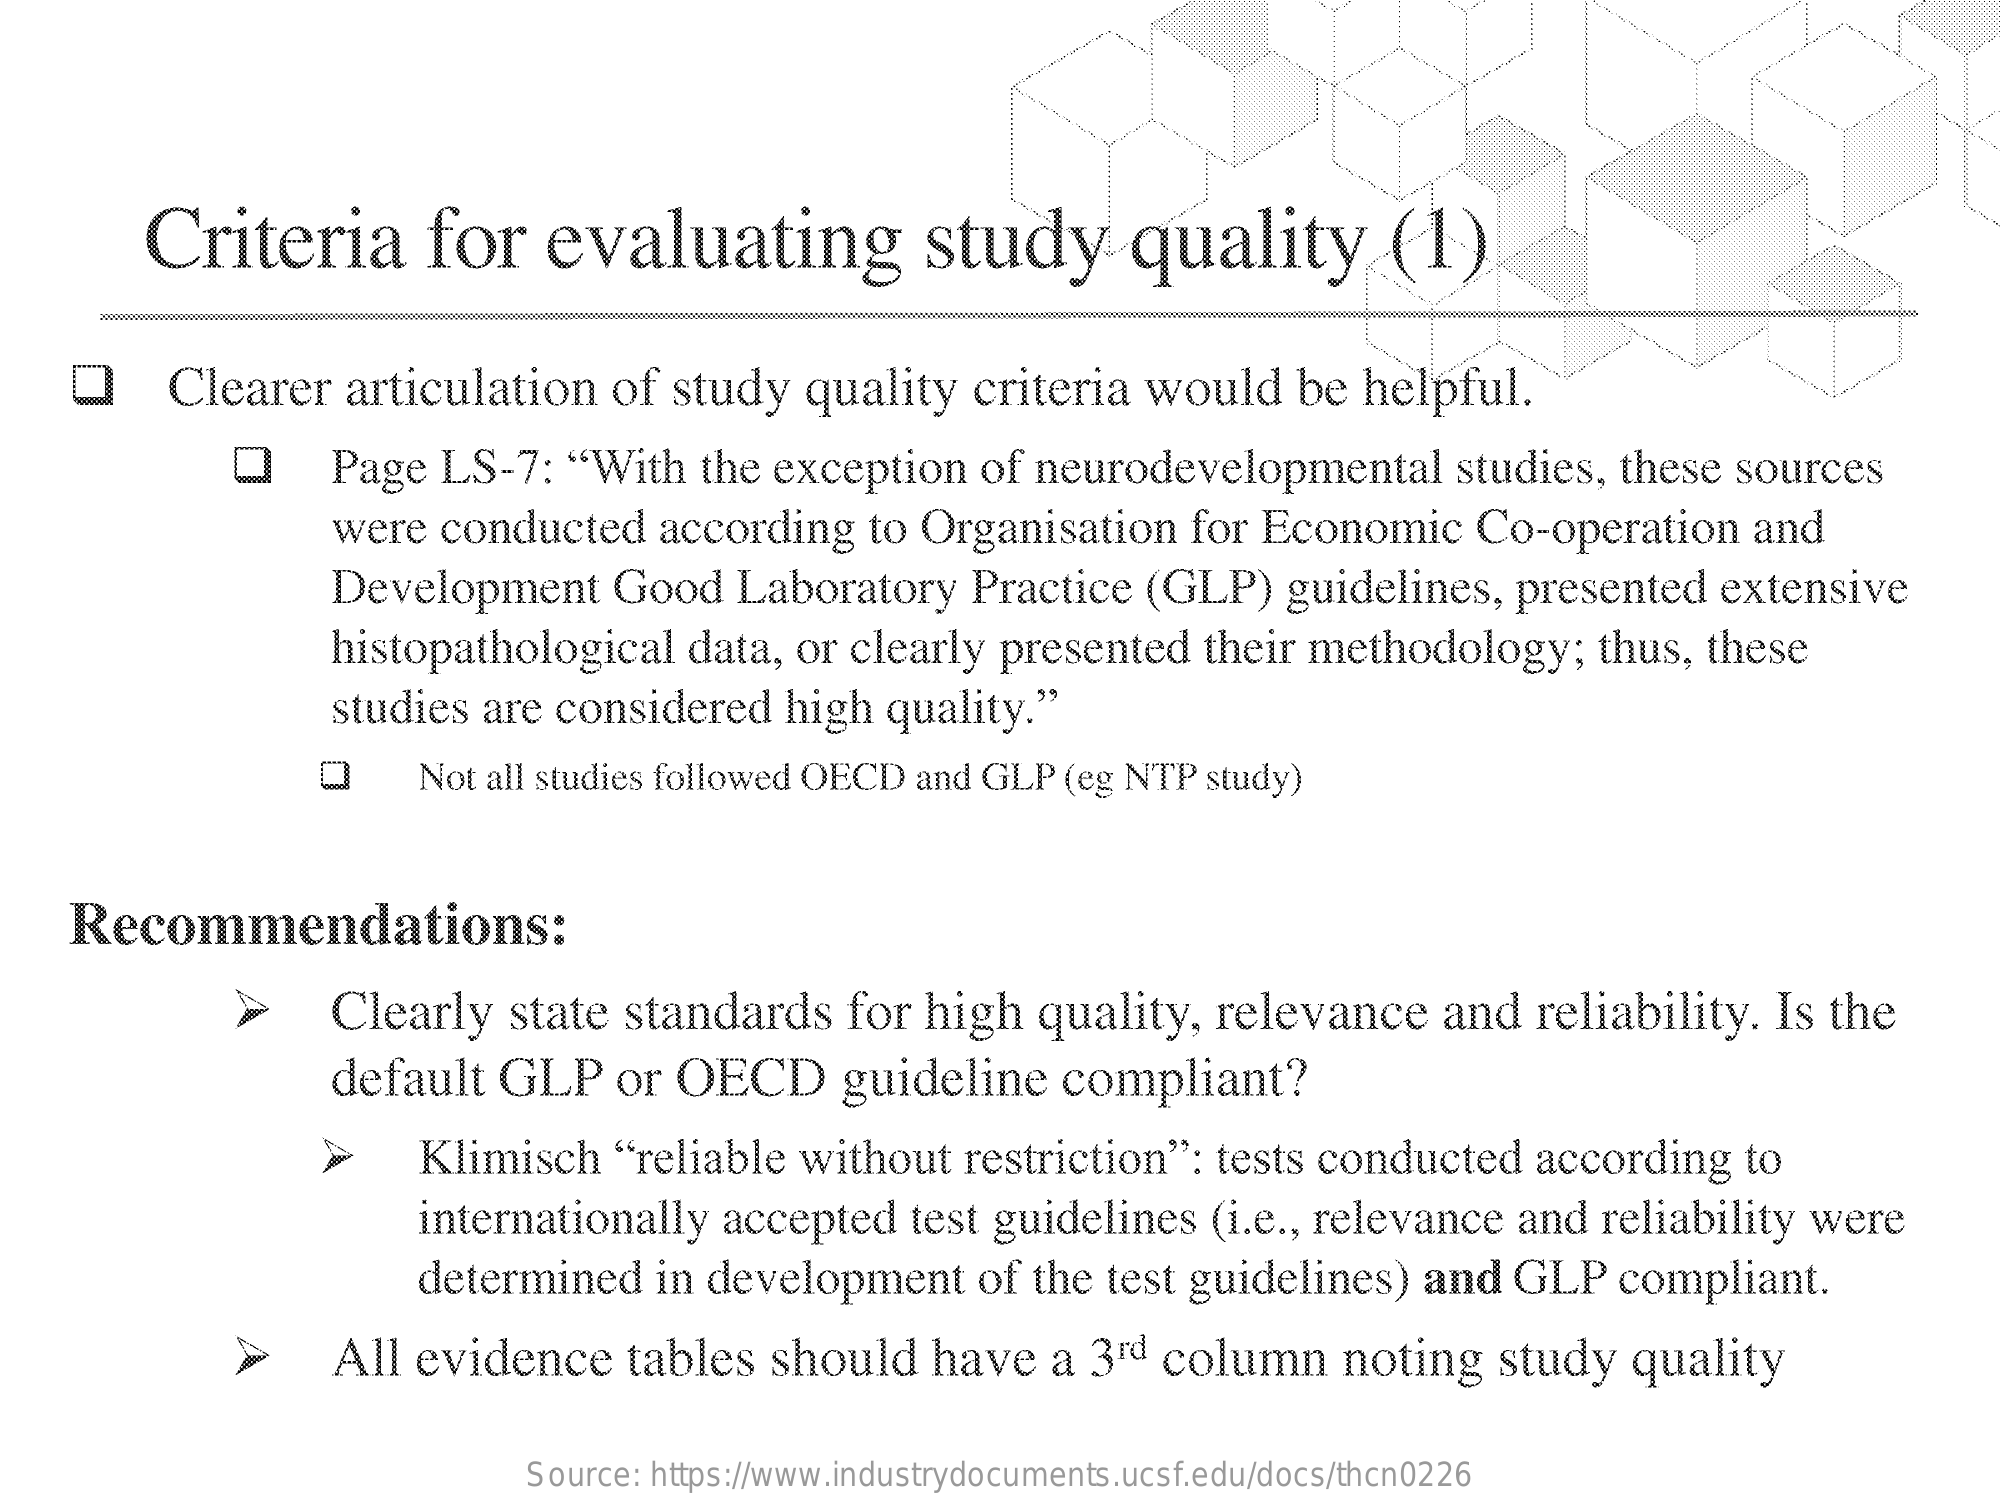
Criteria    for  evaluating    study    quality    (1)
    Q   Clearer articulation of study quality criteria would be helpful.
     O    Page LS-7: "With the exception of neurodevelopmental studies, these sources
     were conducted according to Organisation for Economic Co-operation and
     Development  Good  Laboratory Practice (GLP) guidelines, presented extensive
     histopathological data, or clearly presented their methodology; thus, these
     studies are considered high quality."
     0    Not all studies followed OECD and GLP (eg NTP study)
   Recommendations:
     Clearly state standards for high quality, relevance and reliability. Is the
     default GLP  or OECD    guideline compliant?
     Klimisch "reliable without restriction": tests conducted according to
     internationally accepted test guidelines (i.e ., relevance and reliability were
     determined in development of the test guidelines) and GLP compliant.
     »    All evidence tables should  have a 3rd column  noting  study quality
     Source: https://www.industrydocuments.ucsf.edu/docs/thcn0226